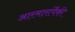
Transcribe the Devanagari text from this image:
आरमारांपैकी